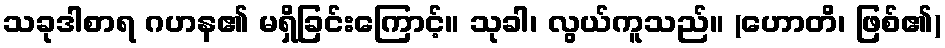
သခုဒါစာရ ဂဟန၏ မရှိခြင်းကြောင့်။ သုခါ၊ လွယ်ကူသည်။ (ဟောတိ၊ ဖြစ်၏)